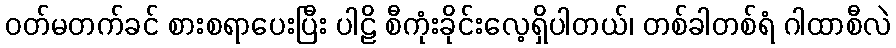
ဝတ်မတက်ခင် စားစရာပေးပြီး ပါဠိ စီကုံးခိုင်းလေ့ရှိပါတယ်၊ တစ်ခါတစ်ရံ ဂါထာစီလဲ